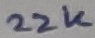
Text: 22K